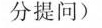
分提问)